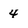
Character: 4